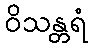
ဝိသန္တရံ